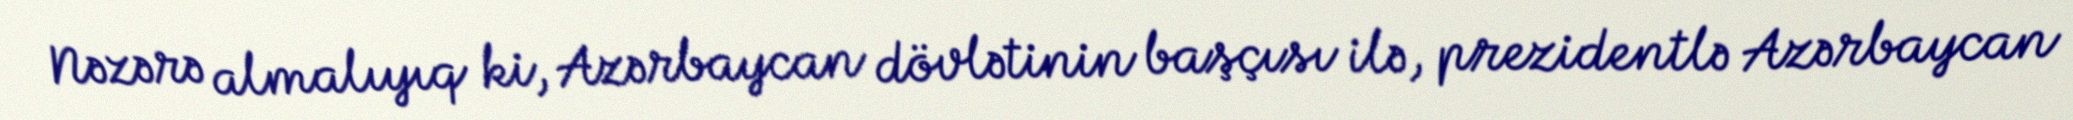
Nəzərə almalıyıq ki, Azərbaycan dövlətinin başçısı ilə, prezidentlə Azərbaycan